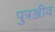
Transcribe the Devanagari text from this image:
पुत्रञ्जीव